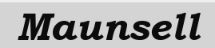
Maunsell